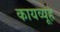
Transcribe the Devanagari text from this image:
कायव्यूह